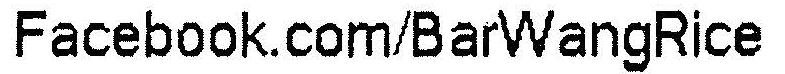
FACEBOOK.COM/BARWANGRICE